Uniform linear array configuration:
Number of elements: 32
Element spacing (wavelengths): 0.25
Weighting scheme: kaiser
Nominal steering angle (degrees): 60
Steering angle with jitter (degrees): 61.494
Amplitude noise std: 0.05
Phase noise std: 0.05

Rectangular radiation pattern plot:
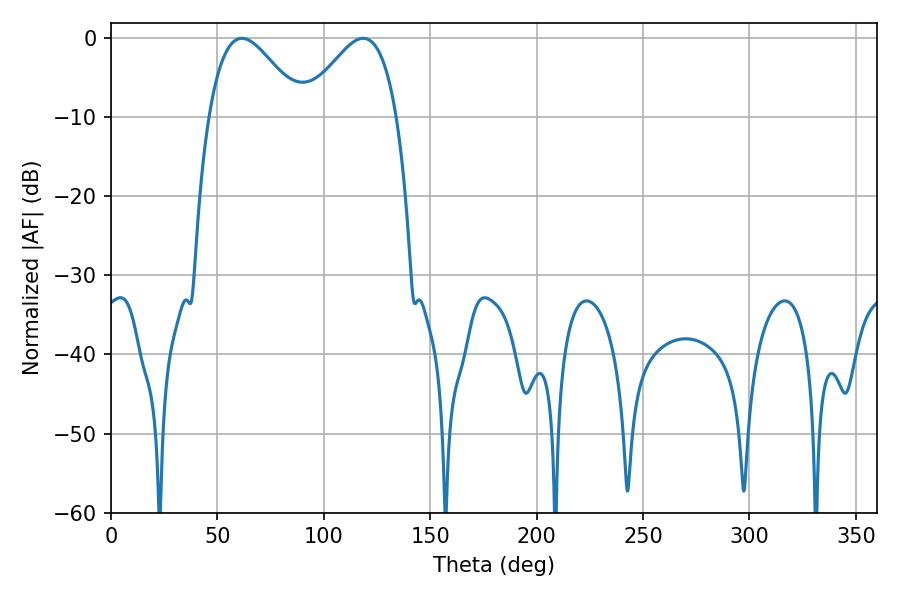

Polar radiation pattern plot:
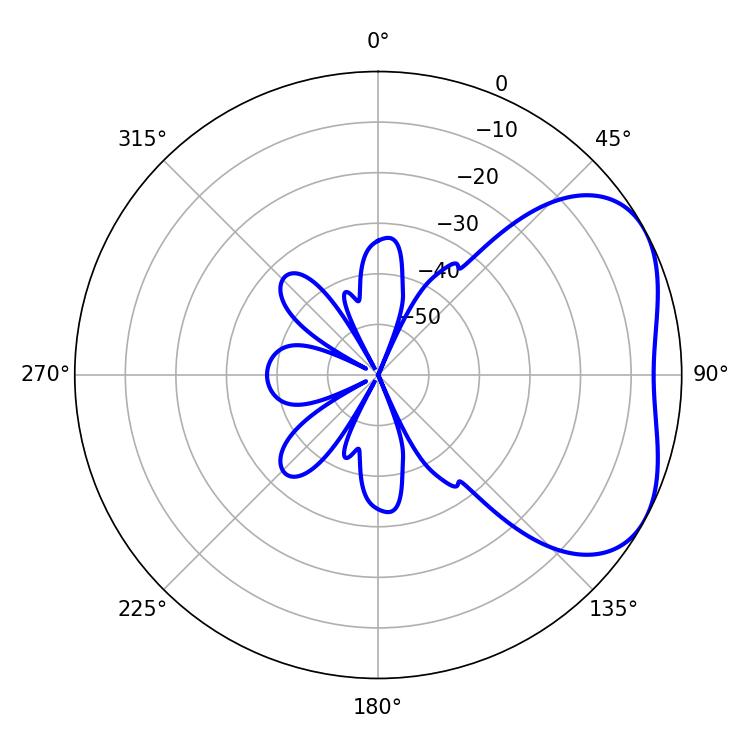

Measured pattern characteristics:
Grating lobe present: FALSE
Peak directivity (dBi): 3.939
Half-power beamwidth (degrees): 23.4
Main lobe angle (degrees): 61.56